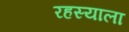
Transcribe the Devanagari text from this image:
रहस्याला